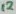
Text: 12